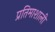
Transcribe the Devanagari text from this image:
प्रतिमाशाली